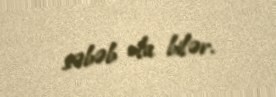
səbəb ola bilər.